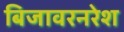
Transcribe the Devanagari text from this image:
बिजावरनरेश